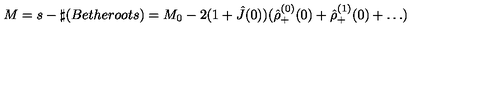
M = s - \sharp ( B e t h e r o o t s ) = M _ { 0 } - 2 ( 1 + \hat { J } ( 0 ) ) ( \hat { \rho } _ { + } ^ { ( 0 ) } ( 0 ) + \hat { \rho } _ { + } ^ { ( 1 ) } ( 0 ) + \dots )